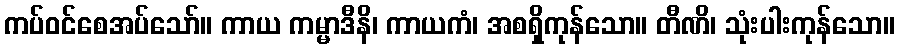
ကပ်ဝင်စေအပ်သော်။ ကာယ ကမ္မာဒီနိ၊ ကာယကံ၊ အစရှိကုန်သော။ တီဏိ၊ သုံးပါးကုန်သော။